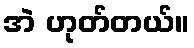
အဲ ဟုတ်တယ်။